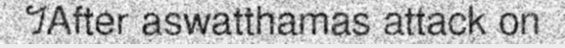
។After aswatthamas attack on